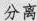
分离